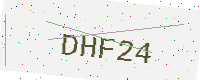
Text: DHF24